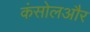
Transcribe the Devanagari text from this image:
कंसोलऔर